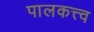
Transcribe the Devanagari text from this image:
पालकत्त्व